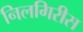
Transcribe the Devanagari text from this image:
निलगिरीस